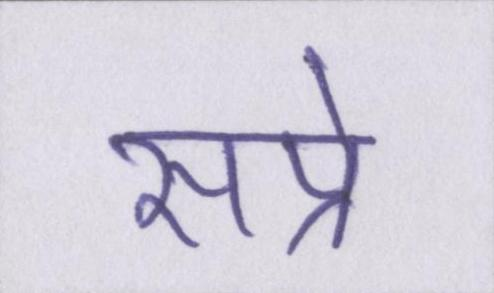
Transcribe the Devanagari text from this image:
सप्रे